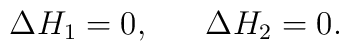
\Delta H_{1}=0,~~~~~\Delta H_{2}=0.